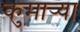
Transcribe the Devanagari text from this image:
कुमार्‍या